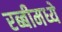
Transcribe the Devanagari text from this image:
रब्बीमध्ये